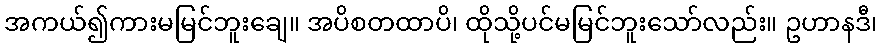
အကယ်၍ကားမမြင်ဘူးချေ။ အပိစတထာပိ၊ ထိုသို့ပင်မမြင်ဘူးသော်လည်း။ ဥဟာနဒီ၊